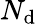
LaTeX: N_{\mathrm{d}}